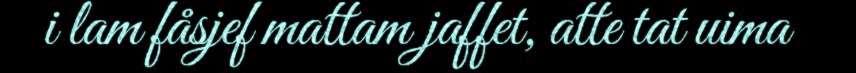
i lam fåsjef mattam jaffet, atte tat uima